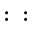
: ~ :